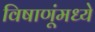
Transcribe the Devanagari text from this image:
विषाणूंमध्ये